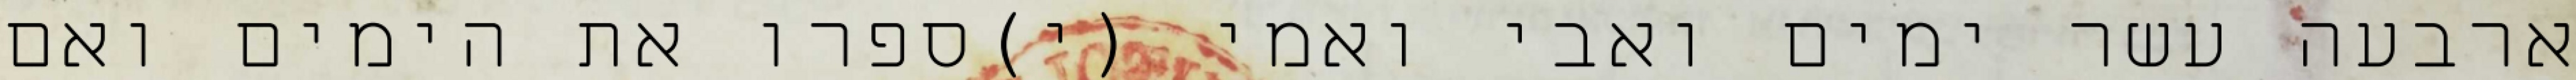
ארבעה עשר ימים ואבי ואמי (י)ספרו את הימים ואם